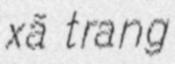
xã trang